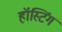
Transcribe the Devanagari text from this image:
हॉस्टिंग